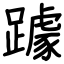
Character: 躆